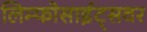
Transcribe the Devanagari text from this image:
लिम्फोसाईट्सवर